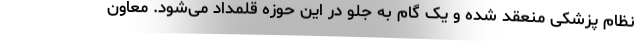
نظام پزشکی منعقد شده و یک گام‌ به جلو در این حوزه قلمداد می‌شود. معاون